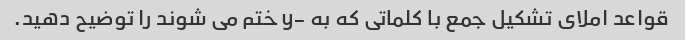
قواعد املای تشکیل جمع با کلماتی که به -y ختم می شوند را توضیح دهید.